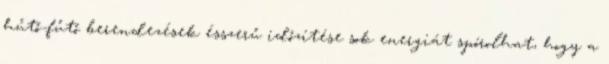
hűtő-fűtő berendezések ésszerű időzítése sok energiát spórolhat, hogy a